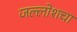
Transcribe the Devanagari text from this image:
जल्लोशचा